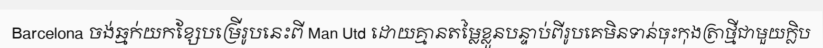
Barcelona ចង់ឆ្មក់យកខ្សែបម្រើរូបនេះពី Man Utd ដោយគ្មានតម្លៃខ្លួនបន្ទាប់ពីរូបគេមិនទាន់ចុះកុងត្រាថ្មីជាមួយក្លិប